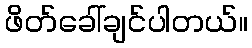
ဖိတ်ခေါ်ချင်ပါတယ်။